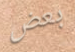
بعض